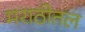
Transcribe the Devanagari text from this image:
मराठीतल